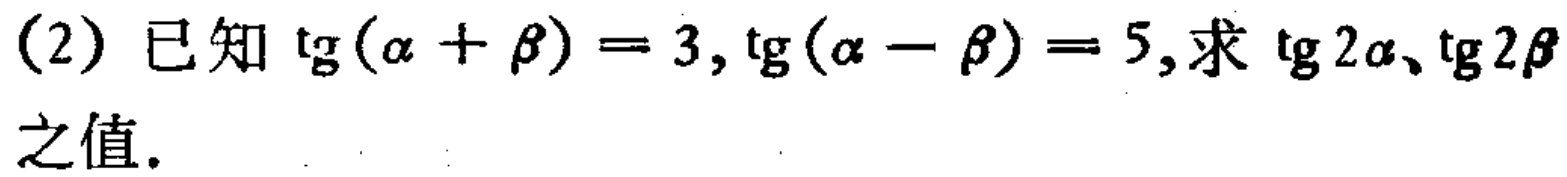
(2) 已知$\mathrm{tg}(\alpha+\beta)=3,\mathrm{tg}(\alpha - \beta)=5$,求$\mathrm{tg}2\alpha、\mathrm{tg}2\beta$之值.